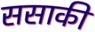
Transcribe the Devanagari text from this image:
ससाकी